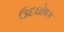
ઉદઘોષક